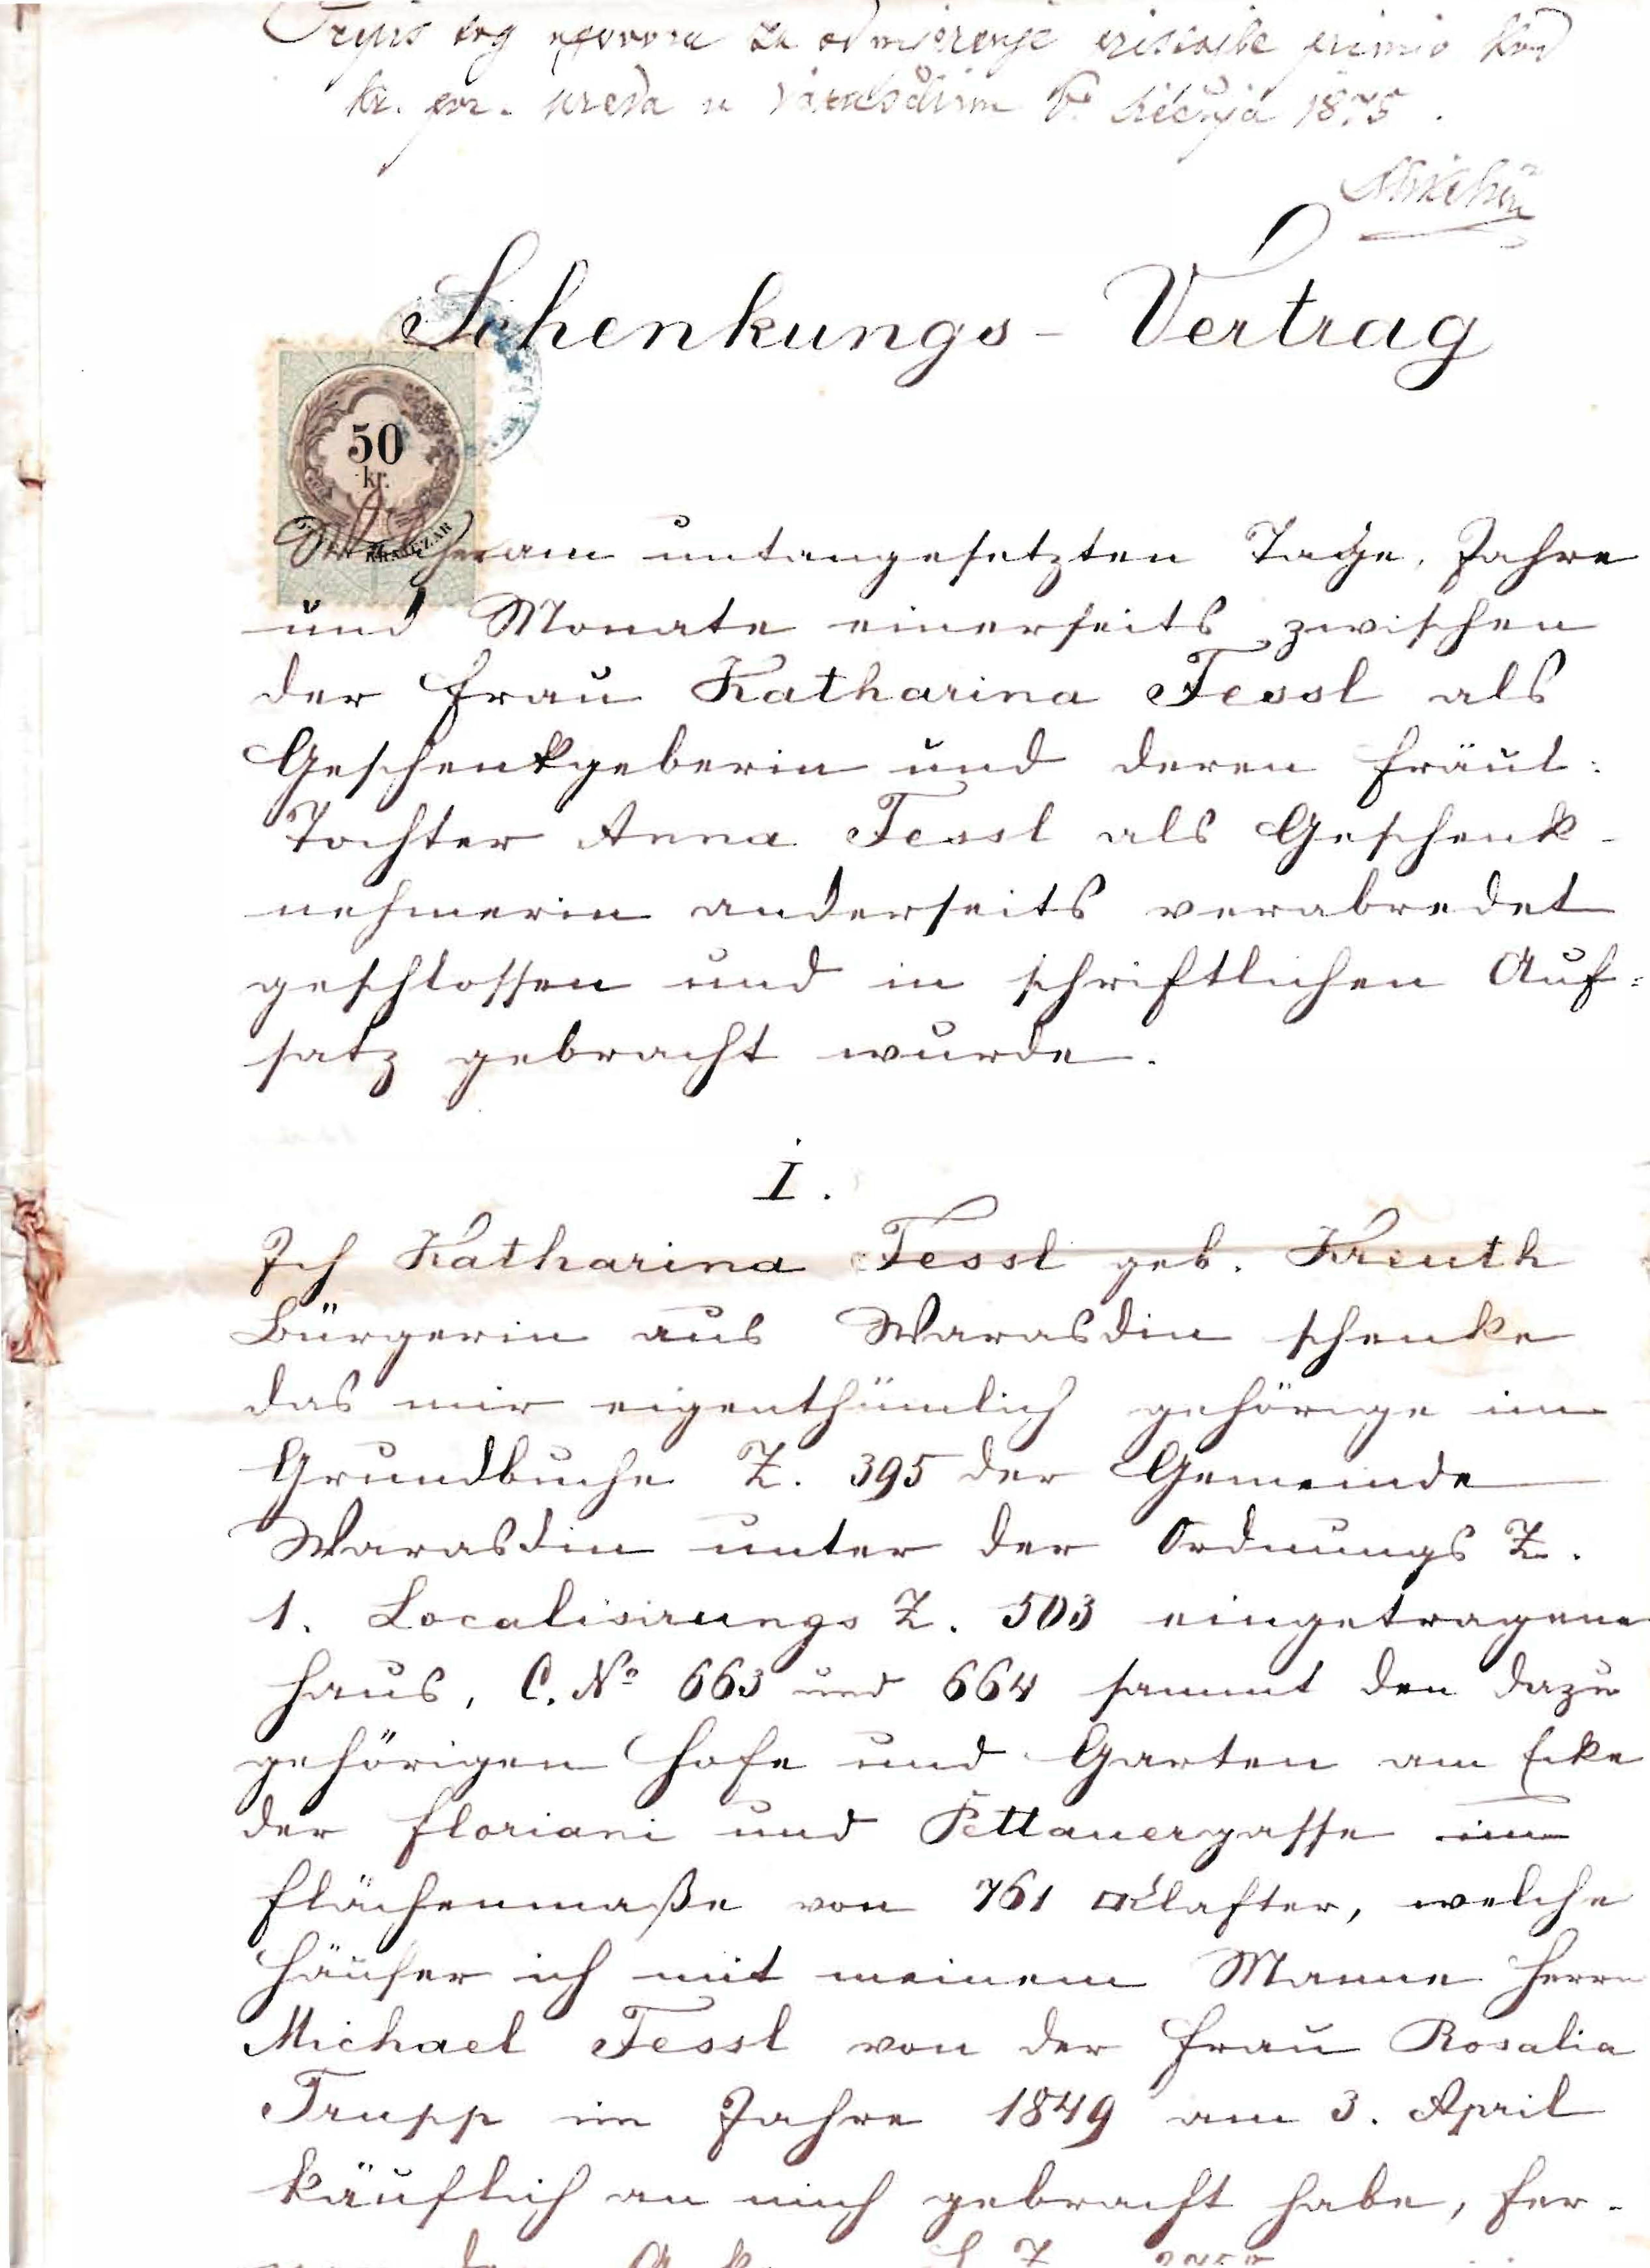
Schenkungs - Vertrag
Welcher am untangesetzten Tage, Jahre
und Monate einerseits zwischen
der Frau Katharina Fessl als
Geschenkgeberin und deren Fräul.
Tochter Anna Fessl als Geschenk¬
nehmerin anderseits verabredet
geschlossen und in schriftlichen Auf¬
satz gebracht wurde.
I.
Ich Katharina Fessl geb. Kreuth
Bürgerin aus Warasdin schenke
das mir eigenthümlich gehörige im
Grundbuche Z. 395 der Gemeinde
Warasdin unter der Ordnungs Z.
1. Localisirungs Z. 503 eingetragene
Haus, C. No 663 und 664 sammt den dazu¬
gehörigen Hofe und Garten am Ecke
der Floriani und Pettanergasse im
Flächenmaße von 761 Klafter, welche
Häuser ich mit meinem Manne Herrn
Michael Fessl von der Frau Rosalia
Trupp im Jahre 1849 am 3. April
käuflich an mich gebracht habe, her